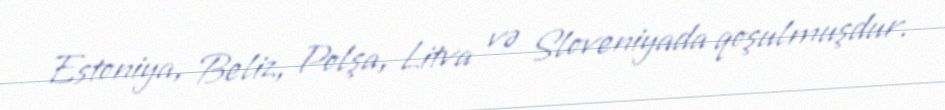
Estoniya, Beliz, Polşa, Litva və Sloveniyada qoşulmuşdur.